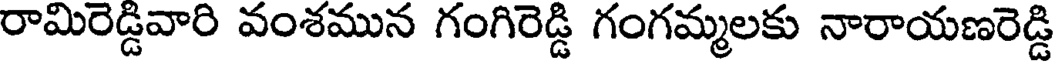
రామిరెడ్డివారి వంశమున గంగిరెడ్డి గంగమ్మలకు నారాయణరెడ్డి